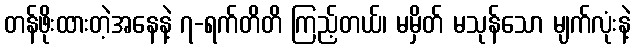
တန်ဖိုးထားတဲ့အနေနဲ့ ၇-ရက်တိတိ ကြည့်တယ်၊ မမှိတ် မသုန်သော မျက်လုံးနဲ့